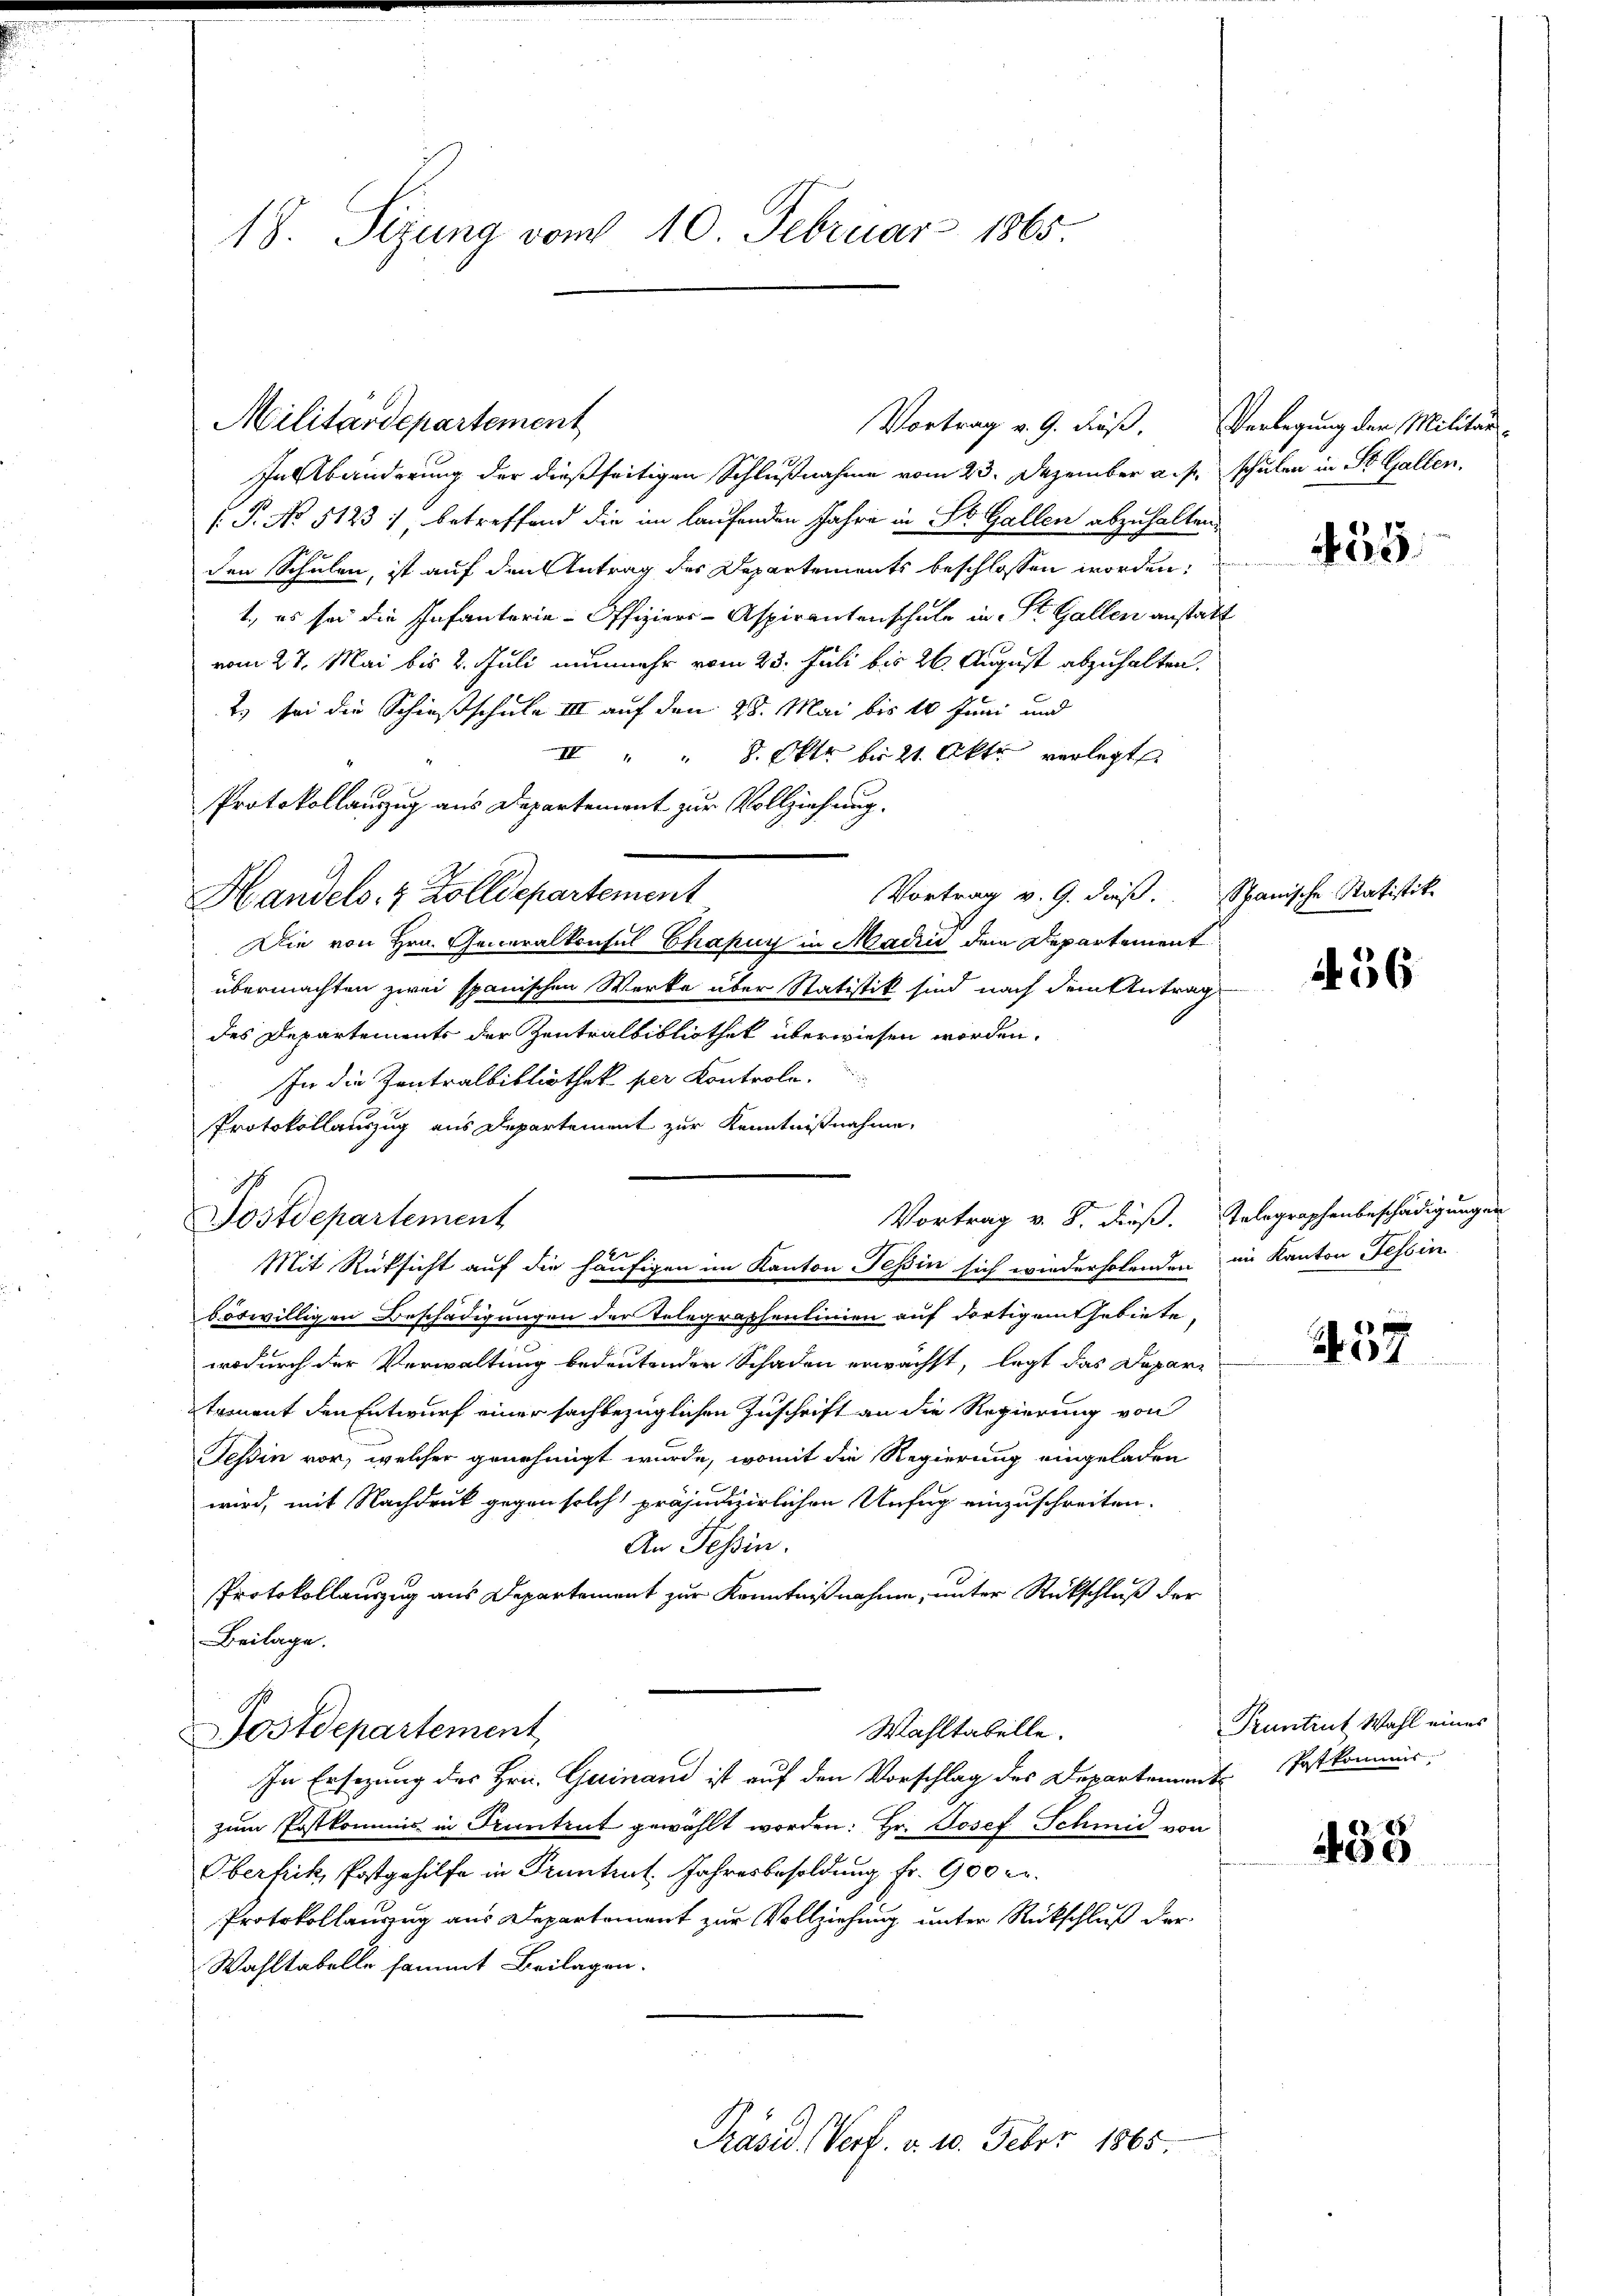
18. Sizung vom 10. Februar 1865

In Abänderung der dießseitigen Schlußnahme vom 23. Dezember aus
( P. No 51231, betreffend die im laufenden Jahre in St. Gallen abzuhalten.
den Schulen, ist auf den Antrag des Departements beschlossen worden:
1., es sei die Infanterie-Offiziers-Aspirantenschule in St. Gallen anstatt
vom 27. Mai bis 2. Juli nunmehr vom 23. Juli bis 26. August abzuhalten.
2.) bei die Schießschule III auf den 28. Mai bis 10 Juni und
II " " 8. Oktr bis 21. Akt verlegt
Vortrag v. 9. dieß.
Die von Hrn. Generalkonsul Chapuy in Madrid dem Departement
übermachten zwei spanischen Werke über Statistik sind nach dem Antrag
des Departements der Zentralbibliothek überwiesen worden.
In die Zentralbibliothek per Kontrole.
Protokollauszug aus Departement zur Kenntnißnahme,
12
Postdepartement
dotwilligen Beschädigungen der Telegraphenlinien auf dortigem Gebiete,
wodurch der Verwaltung bedeutender Schaden erwächst, legt das Depari
tament den Entwurf einer sachbezüglichen Zuschrift an die Regierung von
Tessin vor, welcher genehmigt wurde, womit die Regierung eingeladen
wird, mit Nachdruck gegen solch präjunzirlichen Unfug einzuschreiten.
An Tessin.
Protokollauszug aus Departement zur Kenntnißnahme, unter Rückschluß der
Beilage.
Wahltabelle.
Postdepartement
In Ersezung des Hrn. Geinand ist auf den Vorschlag des Departement
zum Postkommis in Kantent gewählt worden: Hr. Josef Schmid von
Oberfrik, Postgehilfe in Pruntrut, Jahresbesoldung fr. 900 er
Protokollauszug aus Departement zur Vollziehung unter Rückschluß der
Wahltabelle sammt Beilagen.

Militärdepartement

Protokollauszug aus Departement zur Vollziehung.
Handels- & Zolldepartement

Vortrag v. 9. dieß. Verlegung der Militär-

Vortrag v. 8. dieß. Telegraphenbeschädigungen
Mit Rücksicht auf die häufigen im Kanton Tessin sich wiederholenden im Kanton Tessin

Präsid. Verf. v. 10. Feber 1865.

schulen in St. Gallen.

435.

Spanische Statistik.

456

257

Pruntrut Wahl eines
Patkommis

485